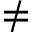
\neq